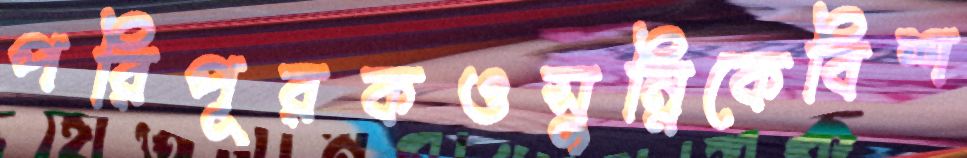
পরিপূরকওসুন্নিকেবিশ